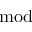
\mod